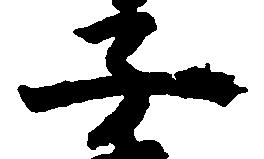
子